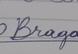
Signature authenticity: genuine